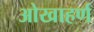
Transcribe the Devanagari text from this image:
ओखाहर्ण